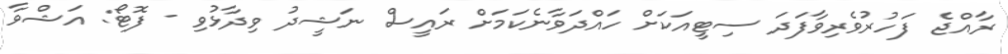
ރާއްޖެ ފަހުރުވެރިވާފަދަ ސިޓީއަކަށް ހައްދަވާނެކަމަށް ރައީސް ނަޝީދު ވިދާޅުވި - ފޮޓޯ: އަޝްވާ